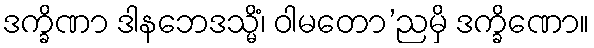
ဒက္ခိဏာ ဒါနဘေဒသ္မိံ၊ ဝါမတော’ညမှိ ဒက္ခိဏော။